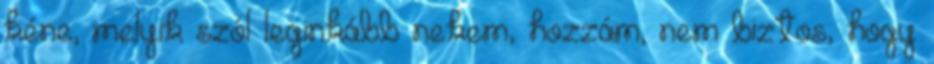
kéne, melyik szól leginkább nekem, hozzám, nem biztos, hogy